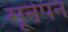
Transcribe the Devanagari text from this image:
सूनेपन